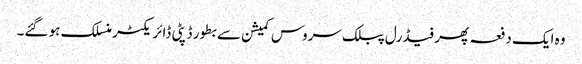
وہ ایک دفعہ پھر فیڈرل پبلک سروس کمیشن سے بطور ڈپٹی ڈائر یکٹر منسلک ہو گئے۔